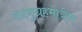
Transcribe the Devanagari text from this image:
यदनुग्रहमात्रेण